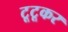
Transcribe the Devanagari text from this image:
टूटूकर